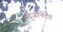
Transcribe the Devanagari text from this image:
ओजोनेटेड